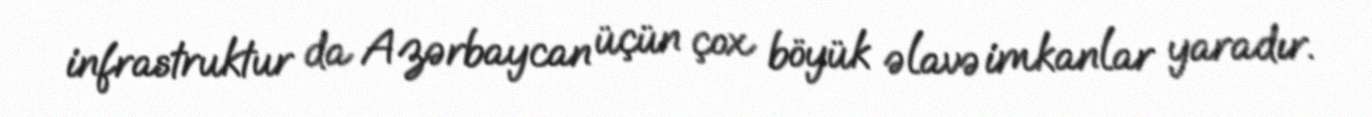
infrastruktur da Azərbaycan üçün çox böyük əlavə imkanlar yaradır.